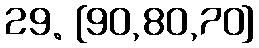
29. [90,80,70]